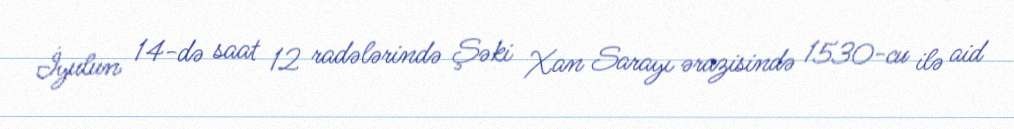
İyulun 14-də saat 12 radələrində Şəki Xan Sarayı ərazisində 1530-cu ilə aid